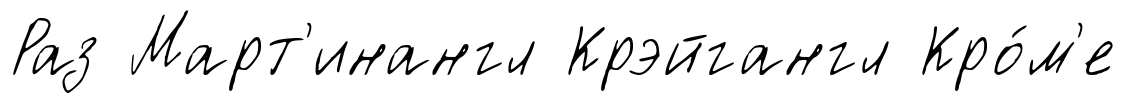
Раз Март'инангл Крэйгангл Кро́м'е